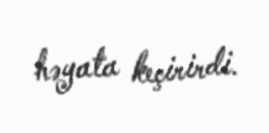
həyata keçirirdi.